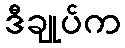
ဒီချုပ်က